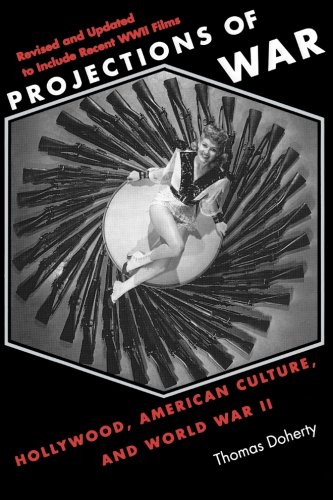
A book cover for Projections of War: Hollywood, American Culture, and World War II; Thomas Doherty; Humor & Entertainment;